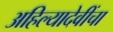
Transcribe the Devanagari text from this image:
अहिल्यादेवींचा